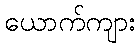
ယောက်ကျား